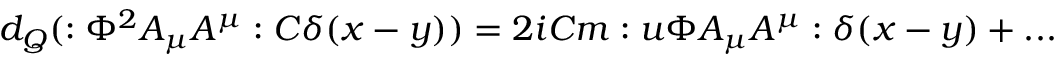
d _ { Q } ( : \Phi ^ { 2 } A _ { \mu } A ^ { \mu } : C \delta ( x - y ) ) = 2 i C m : u \Phi A _ { \mu } A ^ { \mu } : \delta ( x - y ) + . . .